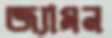
জ্যামন